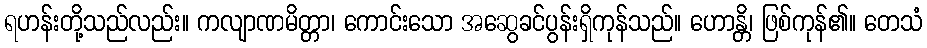
ရဟန်းတို့သည်လည်း။ ကလျာဏမိတ္တာ၊ ကောင်းသော အဆွေခင်ပွန်းရှိကုန်သည်။ ဟောန္တိ၊ ဖြစ်ကုန်၏။ တေသံ